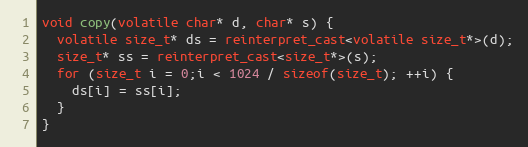
Language: C++
void copy(volatile char* d, char* s) {
  volatile size_t* ds = reinterpret_cast<volatile size_t*>(d);
  size_t* ss = reinterpret_cast<size_t*>(s);
  for (size_t i = 0;i < 1024 / sizeof(size_t); ++i) {
    ds[i] = ss[i];
  }
}